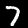
Label: 7